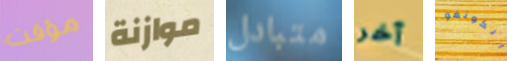
مؤقت موازنة متبادل آخر الكونغو